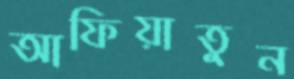
আফিয়াতুন